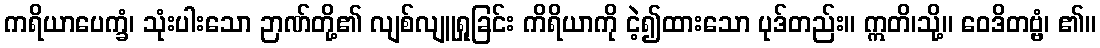
ကရိယာပေက္ခံ၊ သုံးပါးသော ဉာဏ်တို့၏ လျစ်လျူရှုခြင်း ကိရိယာကို ငဲ့၍ထားသော ပုဒ်တည်း။ ဣတိ၊သို့။ ဝေဒိတဗ္ဗံ၊ ၏။